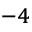
^ { - 4 }